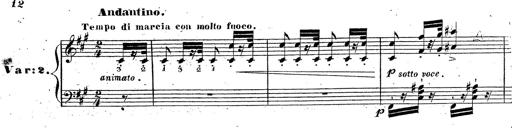
Title: Grande fantaisie sur la tyrolienne de l'opÃ©ra
Composer: Franz Liszt
Key: A major